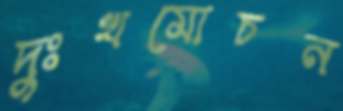
দুঃখমোচন